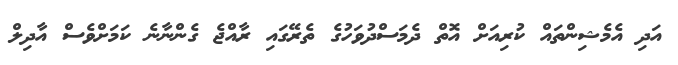
އަދި އެމެޝިންތައް ކުރިއަށް އޮތް ދެމަސްދުވަހުގެ ތެރޭގައި ރާއްޖެ ގެންނާނެ ކަމަށްވެސް އާދިލް